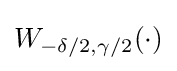
W_{-\delta /2,\gamma /2}(\cdot )